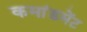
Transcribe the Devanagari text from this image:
कमांडमेंट